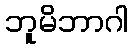
ဘူမိဘာဂါ